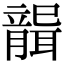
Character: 𦗤